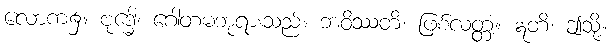
လောက၌။ ဗုဒ္ဓေါ၊ ဂေါတမဘုရားသည်။ ဘဝိဿတိ၊ ဖြစ်လတ္တံ့။ ဣတိ၊ ဤသို့။